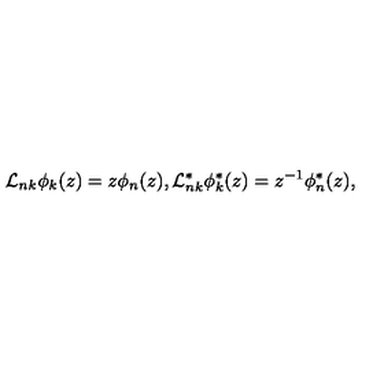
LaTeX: { \cal L } _ { n k } \phi _ { k } ( z ) = z \phi _ { n } ( z ) , { \cal L } _ { n k } ^ { * } \phi _ { k } ^ { * } ( z ) = z ^ { - 1 } \phi _ { n } ^ { * } ( z ) ,